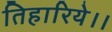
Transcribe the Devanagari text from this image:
तिहारिये।।